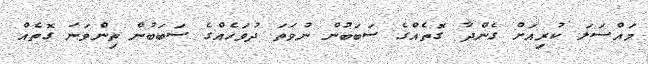
މައްސަލަ ކުރިއަށް ގެންދާ ގޮތެއްގެ ސަބަބުން ނުވަތަ ދުވަހެއްގެ ސަބަބުން ތިންވަނަ ގޮތެއް